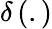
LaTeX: \delta\left(.\right)